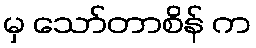
မှ သော်တာစိန် က